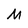
Character: M